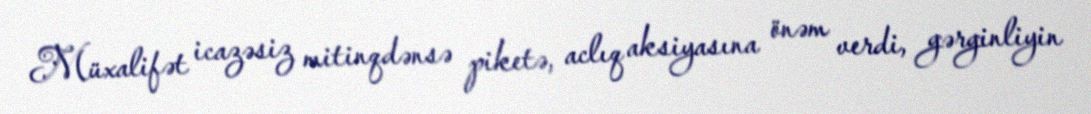
Müxalifət icazəsiz mitinqdənsə piketə, aclıq aksiyasına önəm verdi, gərginliyin